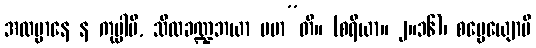
အလမ္ပာနေ န ကုပ္ပါမိ, သီလခဏ္ဍဘယာ မမာ”တိ။ (စရိယာ။ ၂။၁၆)၊ စမ္ပေယျောပိ